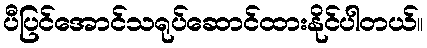
ပီပြင်အောင်သရုပ်ဆောင်ထားနိုင်ပါတယ်။